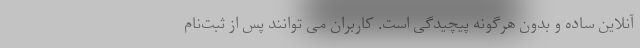
آنلاین ساده و بدون هرگونه پیچیدگی است. کاربران می توانند پس از ثبت‌نام